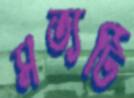
সত্যটি